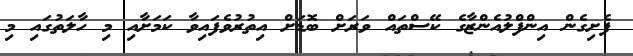
ފެށިގެން އިންފްލުއެންޒާގެ ކޭސްތައް ވަރަށް ބޮޑަށް އިތުރުވެފައިވާ ކަމަށާއި މި ހާލަތުގައި މި